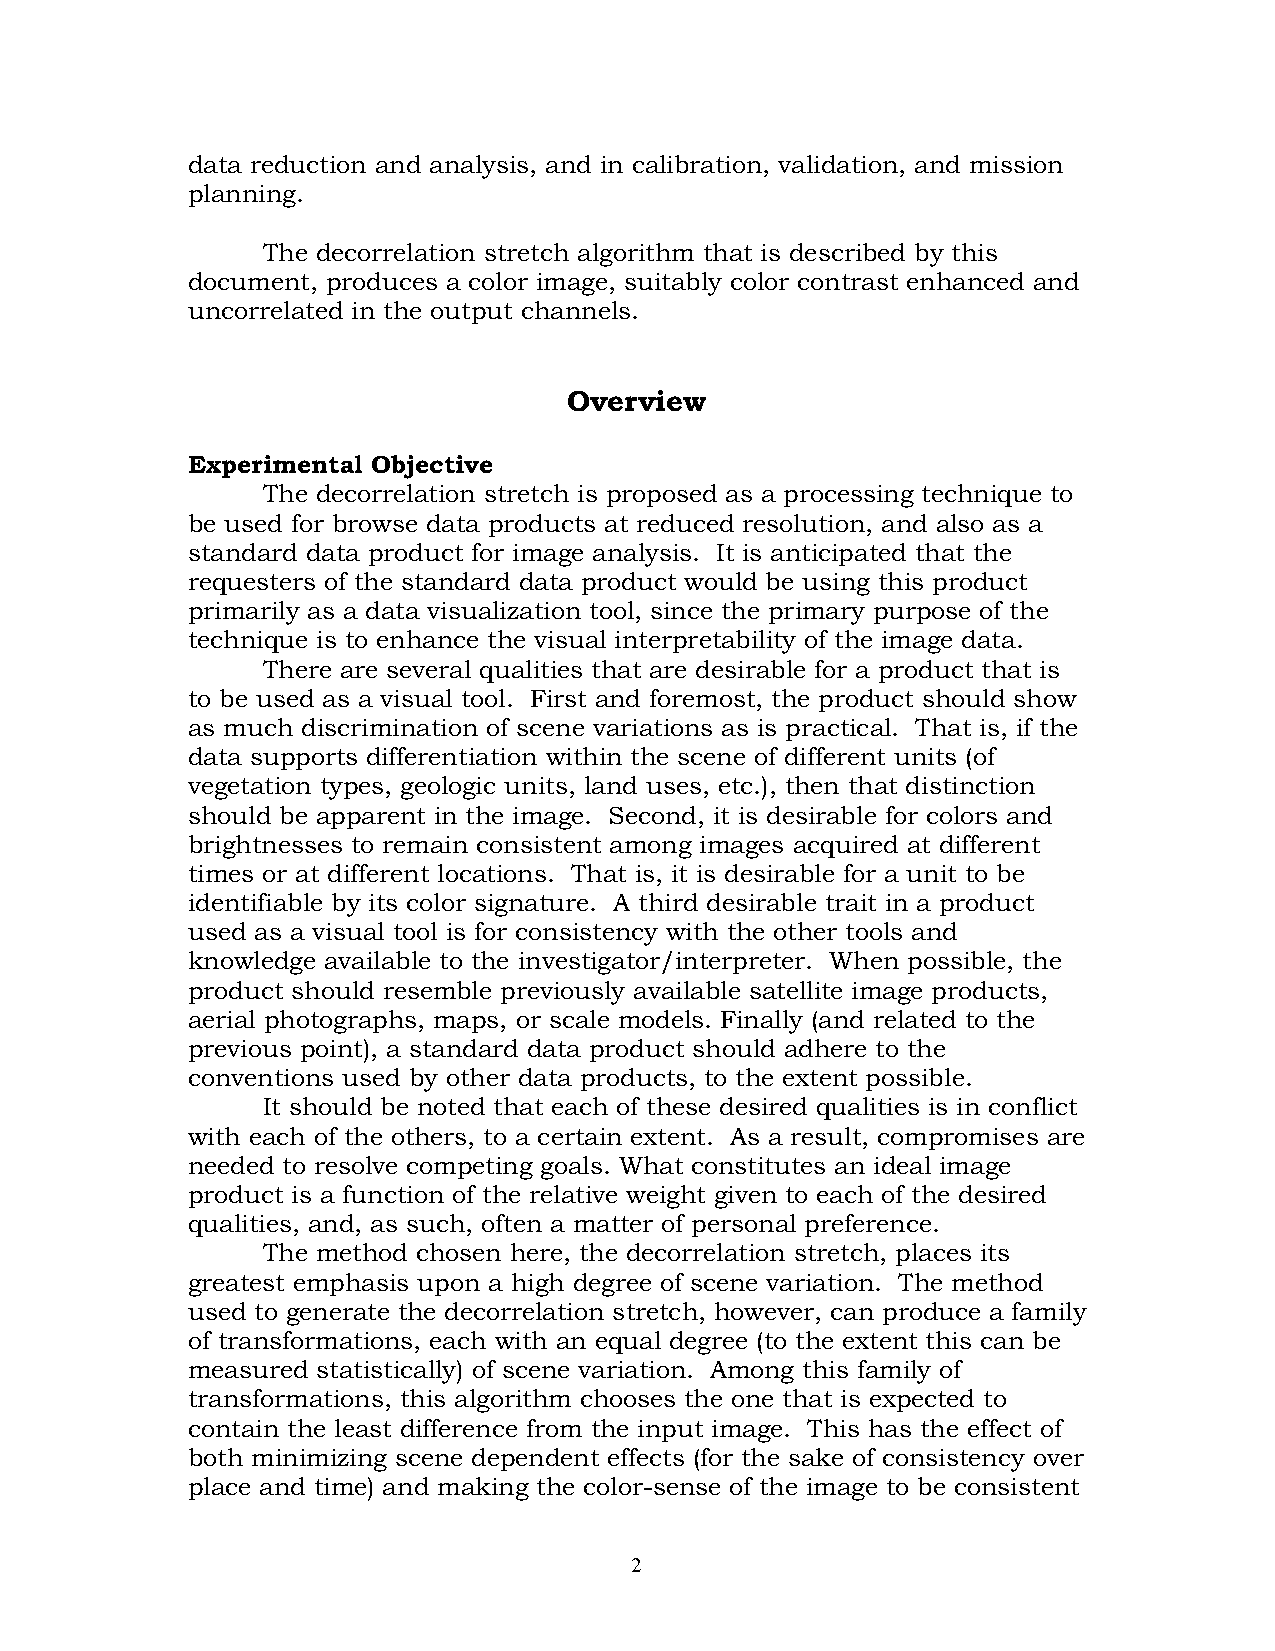
data reduction and analysis, and in calibration, validation, and mission
 planning.
 The decorrelation stretch algorithm that is described by this
 document, produces a color image, suitably color contrast enhanced and
 uncorrelated in the output channels.
 Overview
 Experimental Objective
 The decorrelation stretch is proposed as a processing technique to
 be used for browse data products at reduced resolution, and also as a
 standard data product for image analysis. It is anticipated that the
 requesters of the standard data product would be using this product
 primarily as a data visualization tool, since the primary purpose of the
 technique is to enhance the visual interpretability of the image data.
 There are several qualities that are desirable for a product that is
 to be used as a visual tool. First and foremost, the product should show
 as much discrimination of scene variations as is practical. That is, if the
 data supports differentiation within the scene of different units (of
 vegetation types, geologic units, land uses, etc.), then that distinction
 should be apparent in the image. Second, it is desirable for colors and
 brightnesses to remain consistent among images acquired at different
 times or at different locations. That is, it is desirable for a unit to be
 identifiable by its color signature. A third desirable trait in a product
 used as a visual tool is for consistency with the other tools and
 knowledge available to the investigator/interpreter. When possible, the
 product should resemble previously available satellite image products,
 aerial photographs, maps, or scale models. Finally (and related to the
 previous point), a standard data product should adhere to the
 conventions used by other data products, to the extent possible.
 It should be noted that each of these desired qualities is in conflict
 with each of the others, to a certain extent. As a result, compromises are
 needed to resolve competing goals. What constitutes an ideal image
 product is a function of the relative weight given to each of the desired
 qualities, and, as such, often a matter of personal preference.
 The method chosen here, the decorrelation stretch, places its
 greatest emphasis upon a high degree of scene variation. The method
 used to generate the decorrelation stretch, however, can produce a family
 of transformations, each with an equal degree (to the extent this can be
 measured statistically) of scene variation. Among this family of
 transformations, this algorithm chooses the one that is expected to
 contain the least difference from the input image. This has the effect of
 both minimizing scene dependent effects (for the sake of consistency over
 place and time) and making the color-sense of the image to be consistent
 2